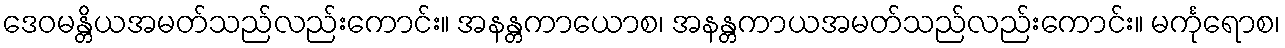
ဒေဝမန္တိယအမတ်သည်လည်းကောင်း။ အနန္တကာယောစ၊ အနန္တကာယအမတ်သည်လည်းကောင်း။ မင်္ကုရောစ၊